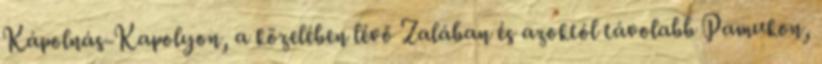
Kápolnás-Kapolyon, a közelében lévő Zalában és azoktól távolabb Pamukon,